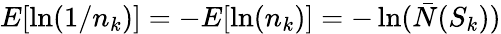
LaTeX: E[\ln(1/n_{k})]=-E[\ln(n_{k})]=-\ln(\bar{N}(S_{k}))